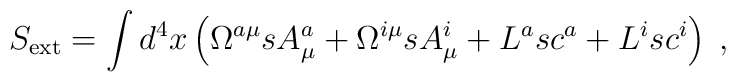
S_{\mathrm{ext}}=\int d^{4}x\left( \Omega ^{a\mu }sA_{\mu }^{a}+\Omega^{i\mu }sA_{\mu }^{i}+L^{a}sc^{a}+L^{i}sc^{i}\right) \;,